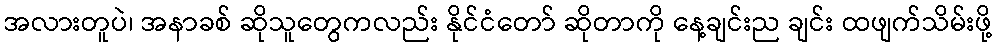
အလားတူပဲ၊ အနာခစ် ဆိုသူတွေကလည်း နိုင်ငံတော် ဆိုတာကို နေ့ချင်းည ချင်း ထဖျက်သိမ်းဖို့